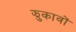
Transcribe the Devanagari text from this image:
झुकावों